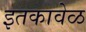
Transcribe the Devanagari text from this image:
इतकावेळ